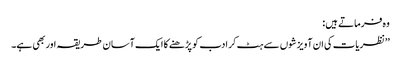
وہ فرماتے ہیں :
’’نظریات کی ان آویزشوں سے ہٹ کر ادب کو پڑھنے کا ایک آسان طریقہ اور بھی ہے۔